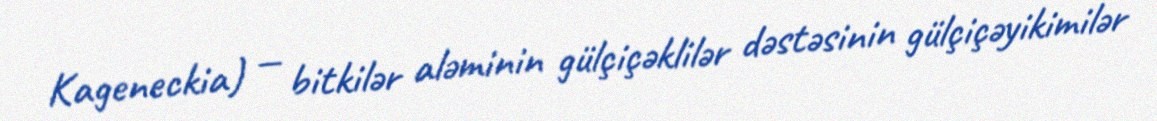
Kageneckia) — bitkilər aləminin gülçiçəklilər dəstəsinin gülçiçəyikimilər